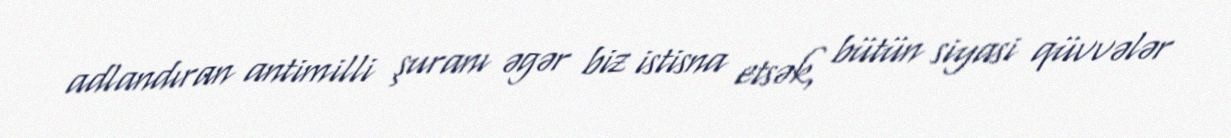
adlandıran antimilli şuranı əgər biz istisna etsək, bütün siyasi qüvvələr